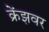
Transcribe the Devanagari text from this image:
क्रेंझवर